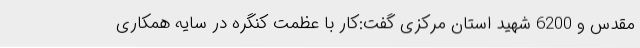
مقدس و 6200 شهید استان مرکزی گفت:کار با عظمت کنگره در سایه همکاری